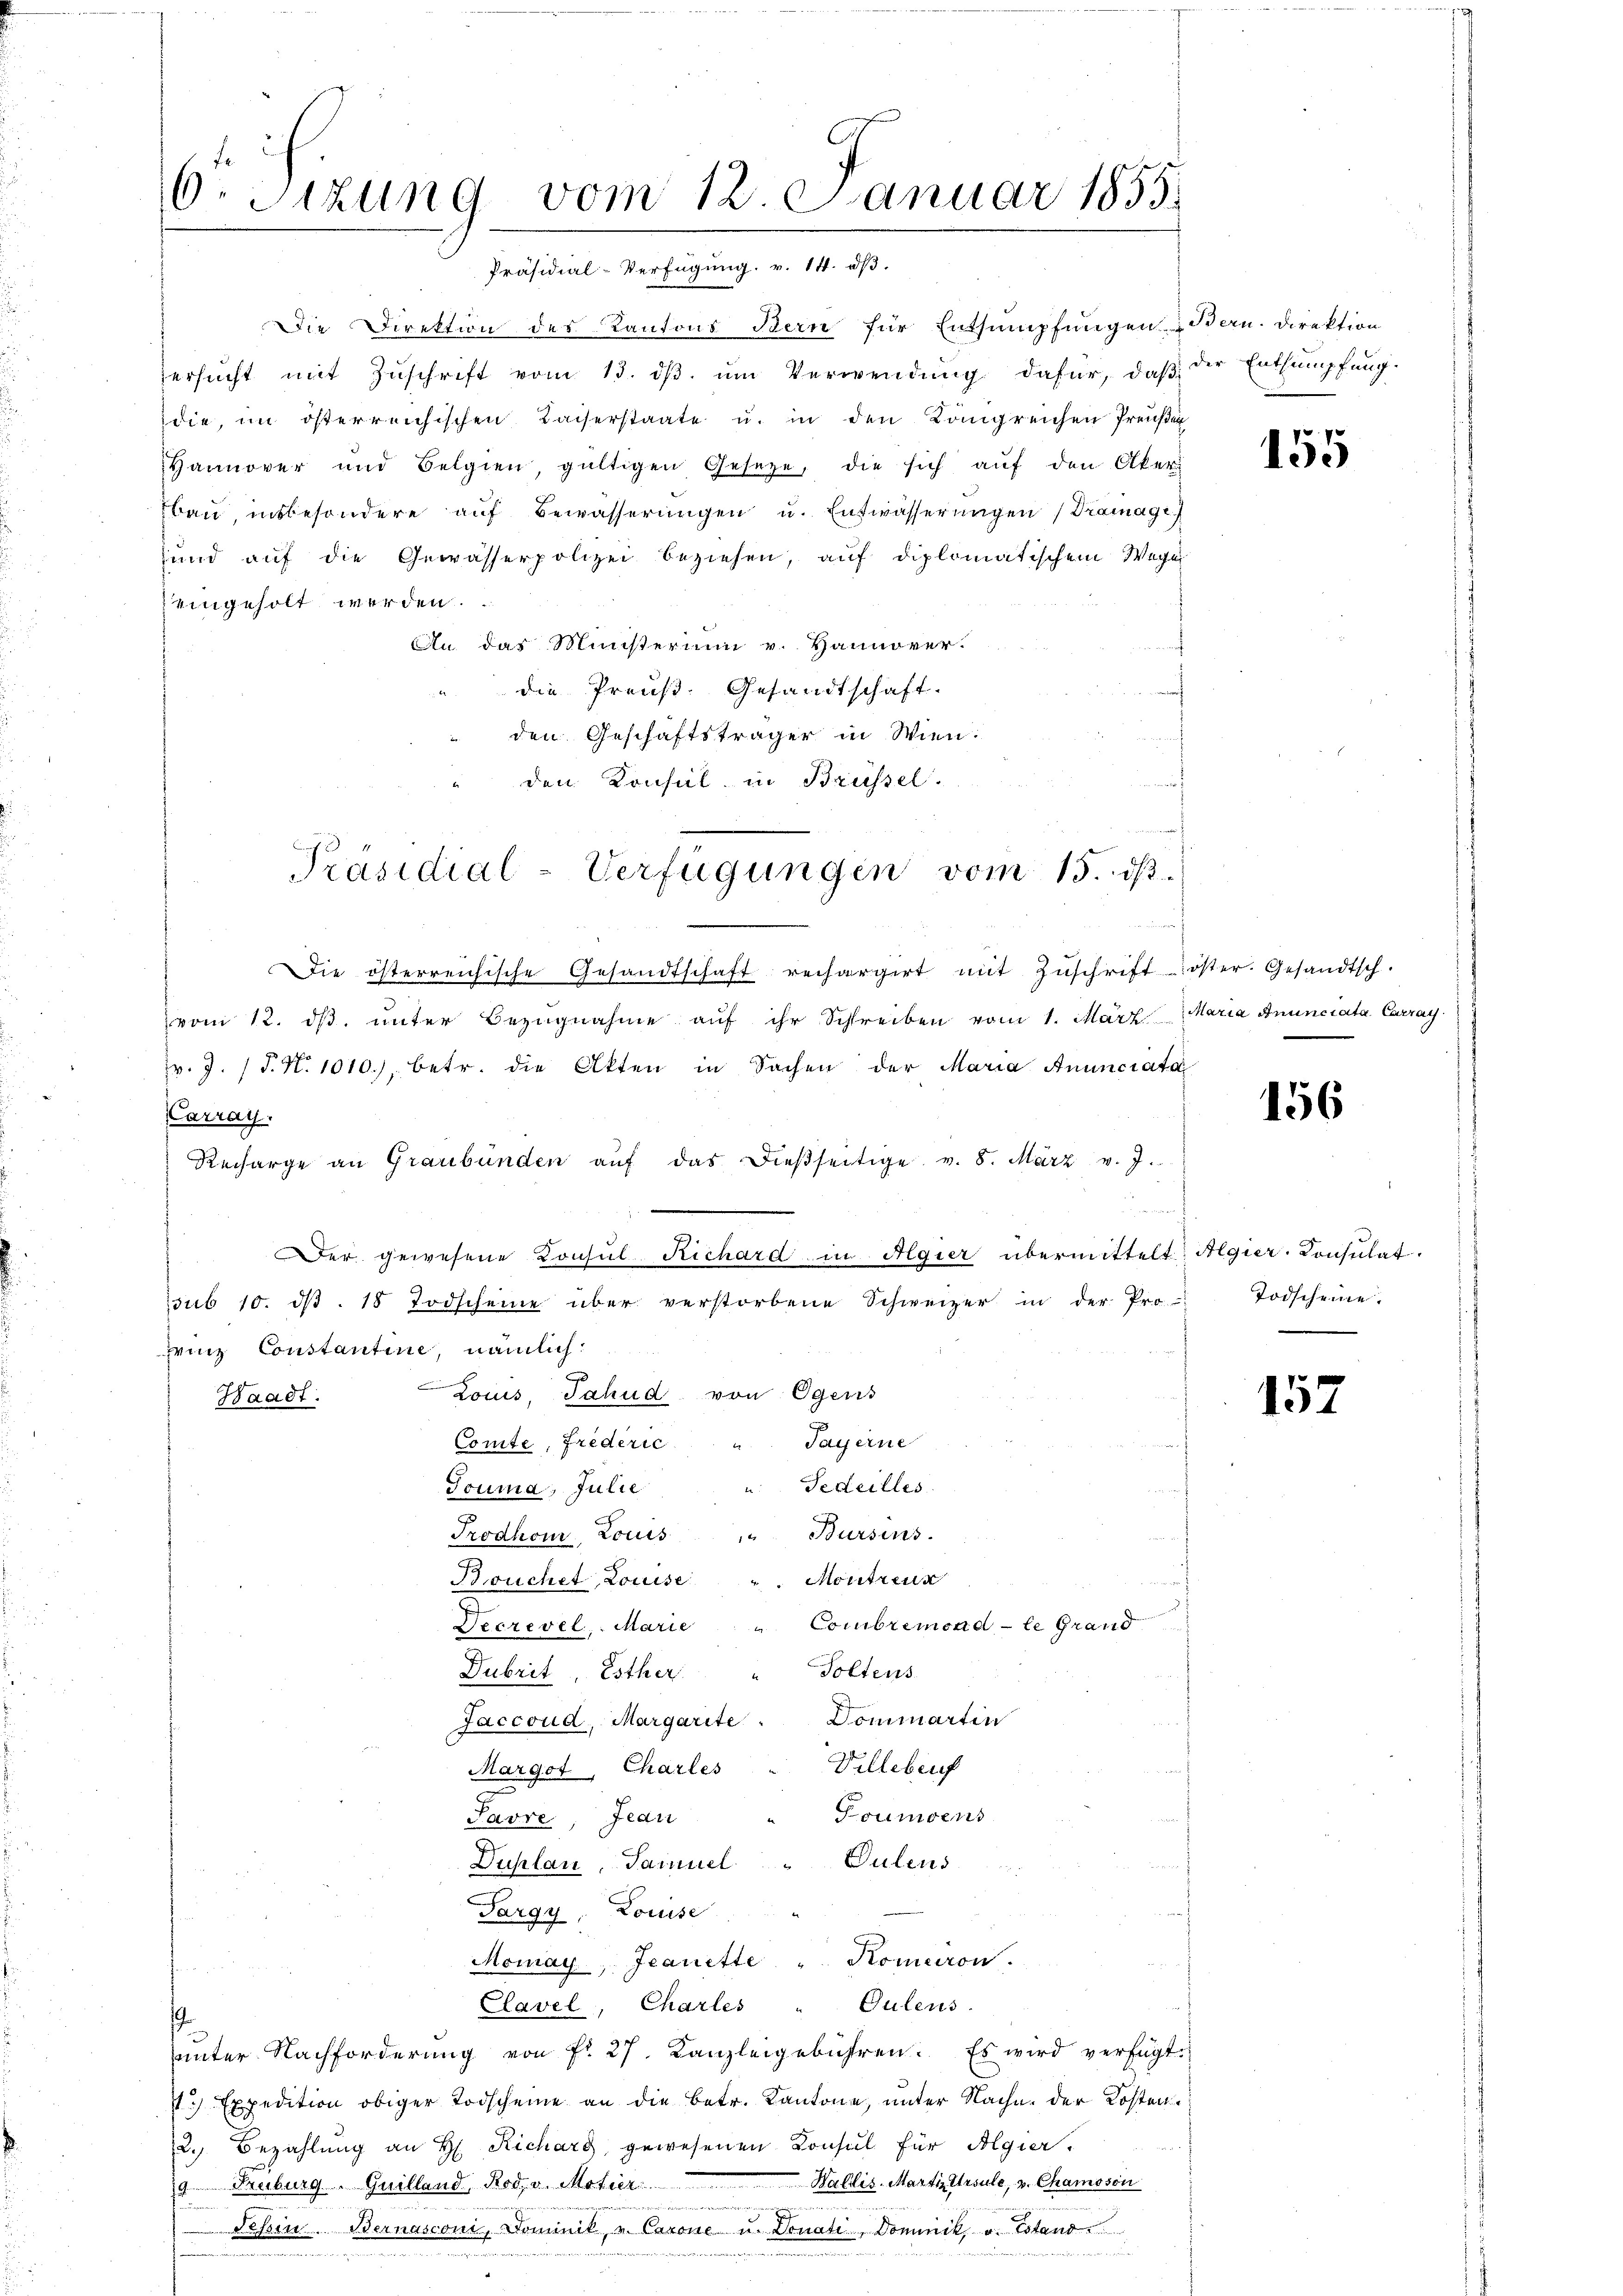
6. Sizung vom 12. Januar 1855.
Präsidial-Verfügung. v. 14. dβ.

Die Direktion des Kantons Bern für Entsumpfungen Bern. Direktion
ersŭcht mit Zŭschrift vom 13. dβ. ŭm Verwendŭng dafür, daβ
die, im österreichischen Kaiserstaate u. in den Kongreichen Preußen
Hannover und Belgien, gültigen Gesetze, die sich aŭf den Aker
Bau insbesondere auf Bewässerungen u. Entwässerungen (Dramagi
sund auf die Gewässerpolizei beziehen, auf diplomatischem Wege
eingeholt werden.
An das Ministerium v. Hannover-
die Preuß. Gesandtschaft.
den Geschäftsträger in Wien:
den Konsul in Brüssel.
i

Die österreichische Gesandtschaft rechargirt mit Zŭschrift öster. Gesandtsch.
vom 12. dβ ŭnter Bezŭgnahme aŭf ihr Schreiben vom 1. März Maria Anunciata Carray.
pr. J. (T. N. 1010.) betr. die Akten in Sachen der Maria Anunciata
Carray.
Recharge an Graubünden aŭf das dießseitige v. 8. März v. J.
Der gewesene Konsul Richard in Algier übermittelt: Algier-Consulat
sub 10. d. 18 Todscheine über verstorbene Schweizer in der Pro
Frinz Constantine, nämlich:
a
Locus, Jahud von Egens
Waadt.
Tayerne
Comte, Frederic
Touma, Julie " Fedeilles
J
Trodhom Louis " " Bursins.
Monten
Bouchet, Louise
u
Combremond - le Grand
Decrevel, Marie
Poltens
Dubrit, Esther
Jaccoud, Margarite. Dominartin
Villebenf
Marget, Charles
Foumdens
Pavre, Jean
Dulens
Duplan, Samuel
Pargy, Louise
Momay, Jeanette " Konceron.
Gulens.
Clavel, Charles
s.
unter Nachforderung von fr. 27. Kanzleigebühren. Es wird verfügt:
V.) Expedition obiger Todscheine an die Betr. Kantone, unter Nache der Kosten
2. Bezahlung an H. Richard, gewesenen Konsul für Algier.
Wallis. Martin Ursule, v. Chamoson
14. Fribourg . Quilland, Rod. v. Motier
n
Tessin. Bernasconi, Dominik, u. Carone u. Donate, Dominik v. Estand

.
.

Präsidial-Verfügungen vom 15. dß.

der Entsumpfung.

155

156

Todscheine.

157